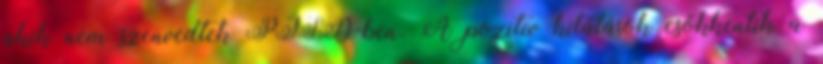
akik nem szenvedtek PTSD-ben. A pozitív kilátások csökkentik a